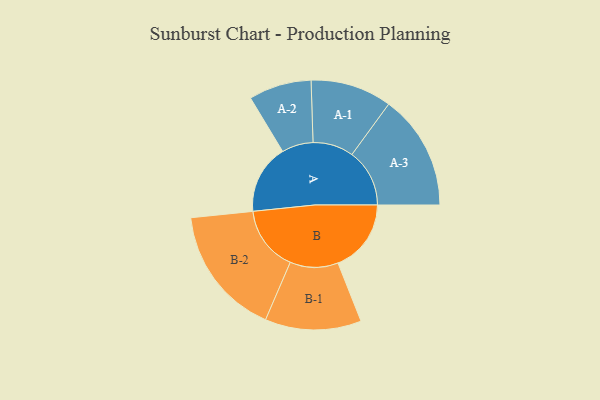
{"axis": {"x": "Segment", "y": "Value"}, "legend": ["", "A", "B"], "data": [{"x": "A", "y": 232, "type": ""}, {"x": "B", "y": 245, "type": ""}, {"x": "A-1", "y": 136, "type": "A"}, {"x": "A-2", "y": 105, "type": "A"}, {"x": "A-3", "y": 193, "type": "A"}, {"x": "B-1", "y": 161, "type": "B"}, {"x": "B-2", "y": 218, "type": "B"}]}